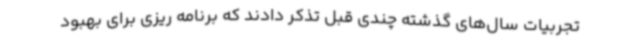
تجربیات سال‌های گذشته چندی قبل تذکر دادند که برنامه ریزی برای بهبود